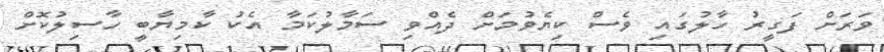
ވަރަށް ފަގީރު ހާލުގައި ވެސް ކިޔެވުމަށް ދެއްވި ސަމާލުކަމާ އެކު ކާމިޔާބީ ހާސިލުކޮށް